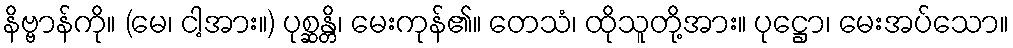
နိဗ္ဗာန်ကို။ (မေ၊ ငါ့အား။) ပုစ္ဆန္တိ၊ မေးကုန်၏။ တေသံ၊ ထိုသူတို့အား။ ပုဋ္ဌော၊ မေးအပ်သော။